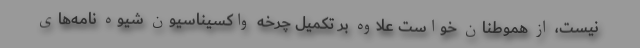
نیست، از هموطنان خواست علاوه بر تکمیل چرخه واکسیناسیون شیوه نامه‌های